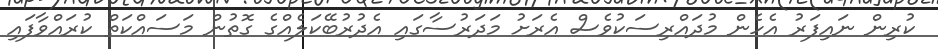
ކުރިން ނައިފަރު އެހެން މުދައްރިސަކުވެސް އެރަށު މަދަރުސާގައި އެދުރުބޭކަލެއްގެ ގޮތުން މަސައްކަތް ކުރައްވާފައި